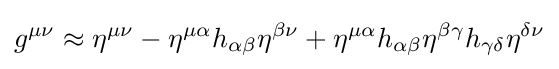
g^{\mu \nu }\approx \eta ^{\mu \nu }-\eta ^{\mu \alpha }h_{\alpha \beta }\eta ^{\beta \nu }+\eta ^{\mu \alpha }h_{\alpha \beta }\eta ^{\beta \gamma }h_{\gamma \delta }\eta ^{\delta \nu }